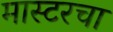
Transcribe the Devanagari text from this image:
मास्टरचा